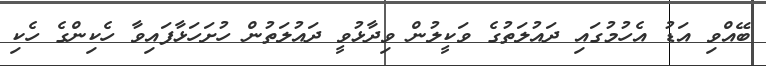
ބޭއްވި އަޑު އެހުމުގައި ދައުލަތުގެ ވަކީލުން ވިދާޅުވީ ދައުލަތުން ހުށަހަޅާފައިވާ ހެކިންގެ ހެކި